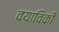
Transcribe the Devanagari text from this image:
वयाविकी